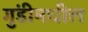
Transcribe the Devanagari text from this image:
गुंडीमधील